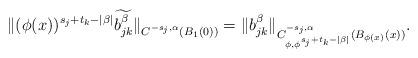
LaTeX: \begin{align*}\| (\phi(x))^{s_j+t_k-|\beta|} \widetilde{b_{jk}^{\beta}}\|_{C^{ - s_j, \alpha}(B_1(0))} = \| b_{jk}^{\beta} \|_{C^{-s_j, \alpha}_{\phi, \phi^{s_j+t_k-|\beta|}}(B_{\phi(x)}(x))}. \end{align*}